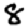
Digit: 8